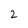
Character: 2